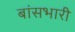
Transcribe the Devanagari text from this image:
बांसभारी